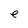
Character: e